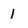
Character: 1